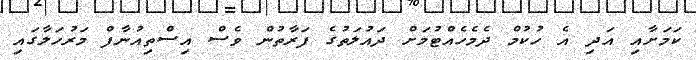
ކަމަށާއި އަދި އެ ހުކުމް ދެމެހެއްޓުމަށް ދައުލަތުގެ ފަރާތުން ވެސް އިސްތިއުނާފް މަރުހަލާގައި